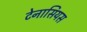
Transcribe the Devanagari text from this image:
टेनासियस